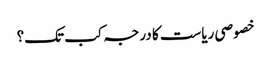
خصوصی ریاست کا درجہ کب تک؟